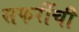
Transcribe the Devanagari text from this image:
सफरींची